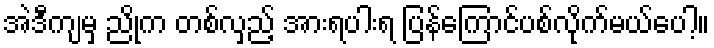
အဲဒီကျမှ ညိုက တစ်လှည့် အားရပါးရ ပြန်ကြောင်ပစ်လိုက်မယ်ပေါ့။